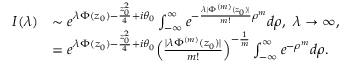
\begin{array} { r l } { I ( \lambda ) } & { \sim e ^ { \lambda \Phi ( z _ { 0 } ) - \frac { z _ { 0 } ^ { 2 } } { 4 } + i \theta _ { 0 } } \int _ { - \infty } ^ { \infty } e ^ { - \frac { \lambda | \Phi ^ { ( m ) } ( z _ { 0 } ) | } { m ! } \rho ^ { m } } d \rho , \ \lambda \rightarrow \infty , } \\ & { = e ^ { \lambda \Phi ( z _ { 0 } ) - \frac { z _ { 0 } ^ { 2 } } { 4 } + i \theta _ { 0 } } \Big ( \frac { | \lambda \Phi ^ { ( m ) } ( z _ { 0 } ) | } { m ! } \Big ) ^ { - \frac { 1 } { m } } \int _ { - \infty } ^ { \infty } e ^ { - \rho ^ { m } } d \rho . } \end{array}